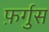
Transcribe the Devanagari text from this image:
फ़र्गुस